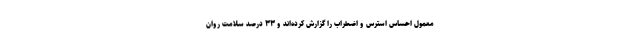
معمول احساس استرس و اضطراب را گزارش کرده‌اند و ۳۳ درصد سلامت روان